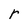
Character: r